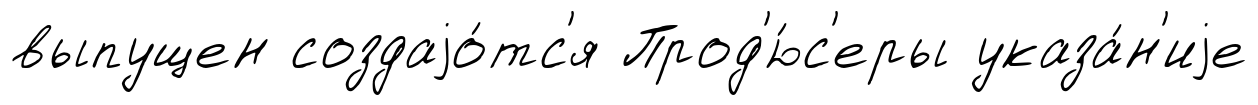
выпущен создаjо́тс'я Прод'ю́с'еры указа́н'иjе